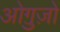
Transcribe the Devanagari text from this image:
ओग़ुज़ों